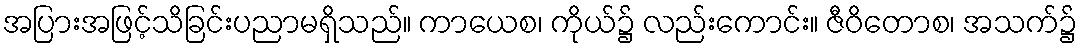
အပြားအဖြင့်သိခြင်းပညာမရှိသည်။ ကာယေစ၊ ကိုယ်၌ လည်းကောင်း။ ဇီဝိတောစ၊ အသက်၌